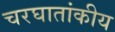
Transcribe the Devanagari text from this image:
चरघातांकीय